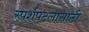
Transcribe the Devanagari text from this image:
स्पर्शपटलासाठी